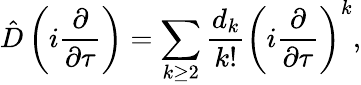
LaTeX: \hat{D}\left(i\frac{\partial}{\partial\tau}\right)=\sum_{k\geq 2}\frac{d_{k}}{k!}\left(i\frac{\partial}{\partial\tau}\right)^{k},